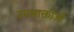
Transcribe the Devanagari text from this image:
उपभाक्ताओं